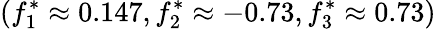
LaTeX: (f_{1}^{*}\approx 0.147,f_{2}^{*}\approx-0.73,f_{3}^{*}\approx 0.73)